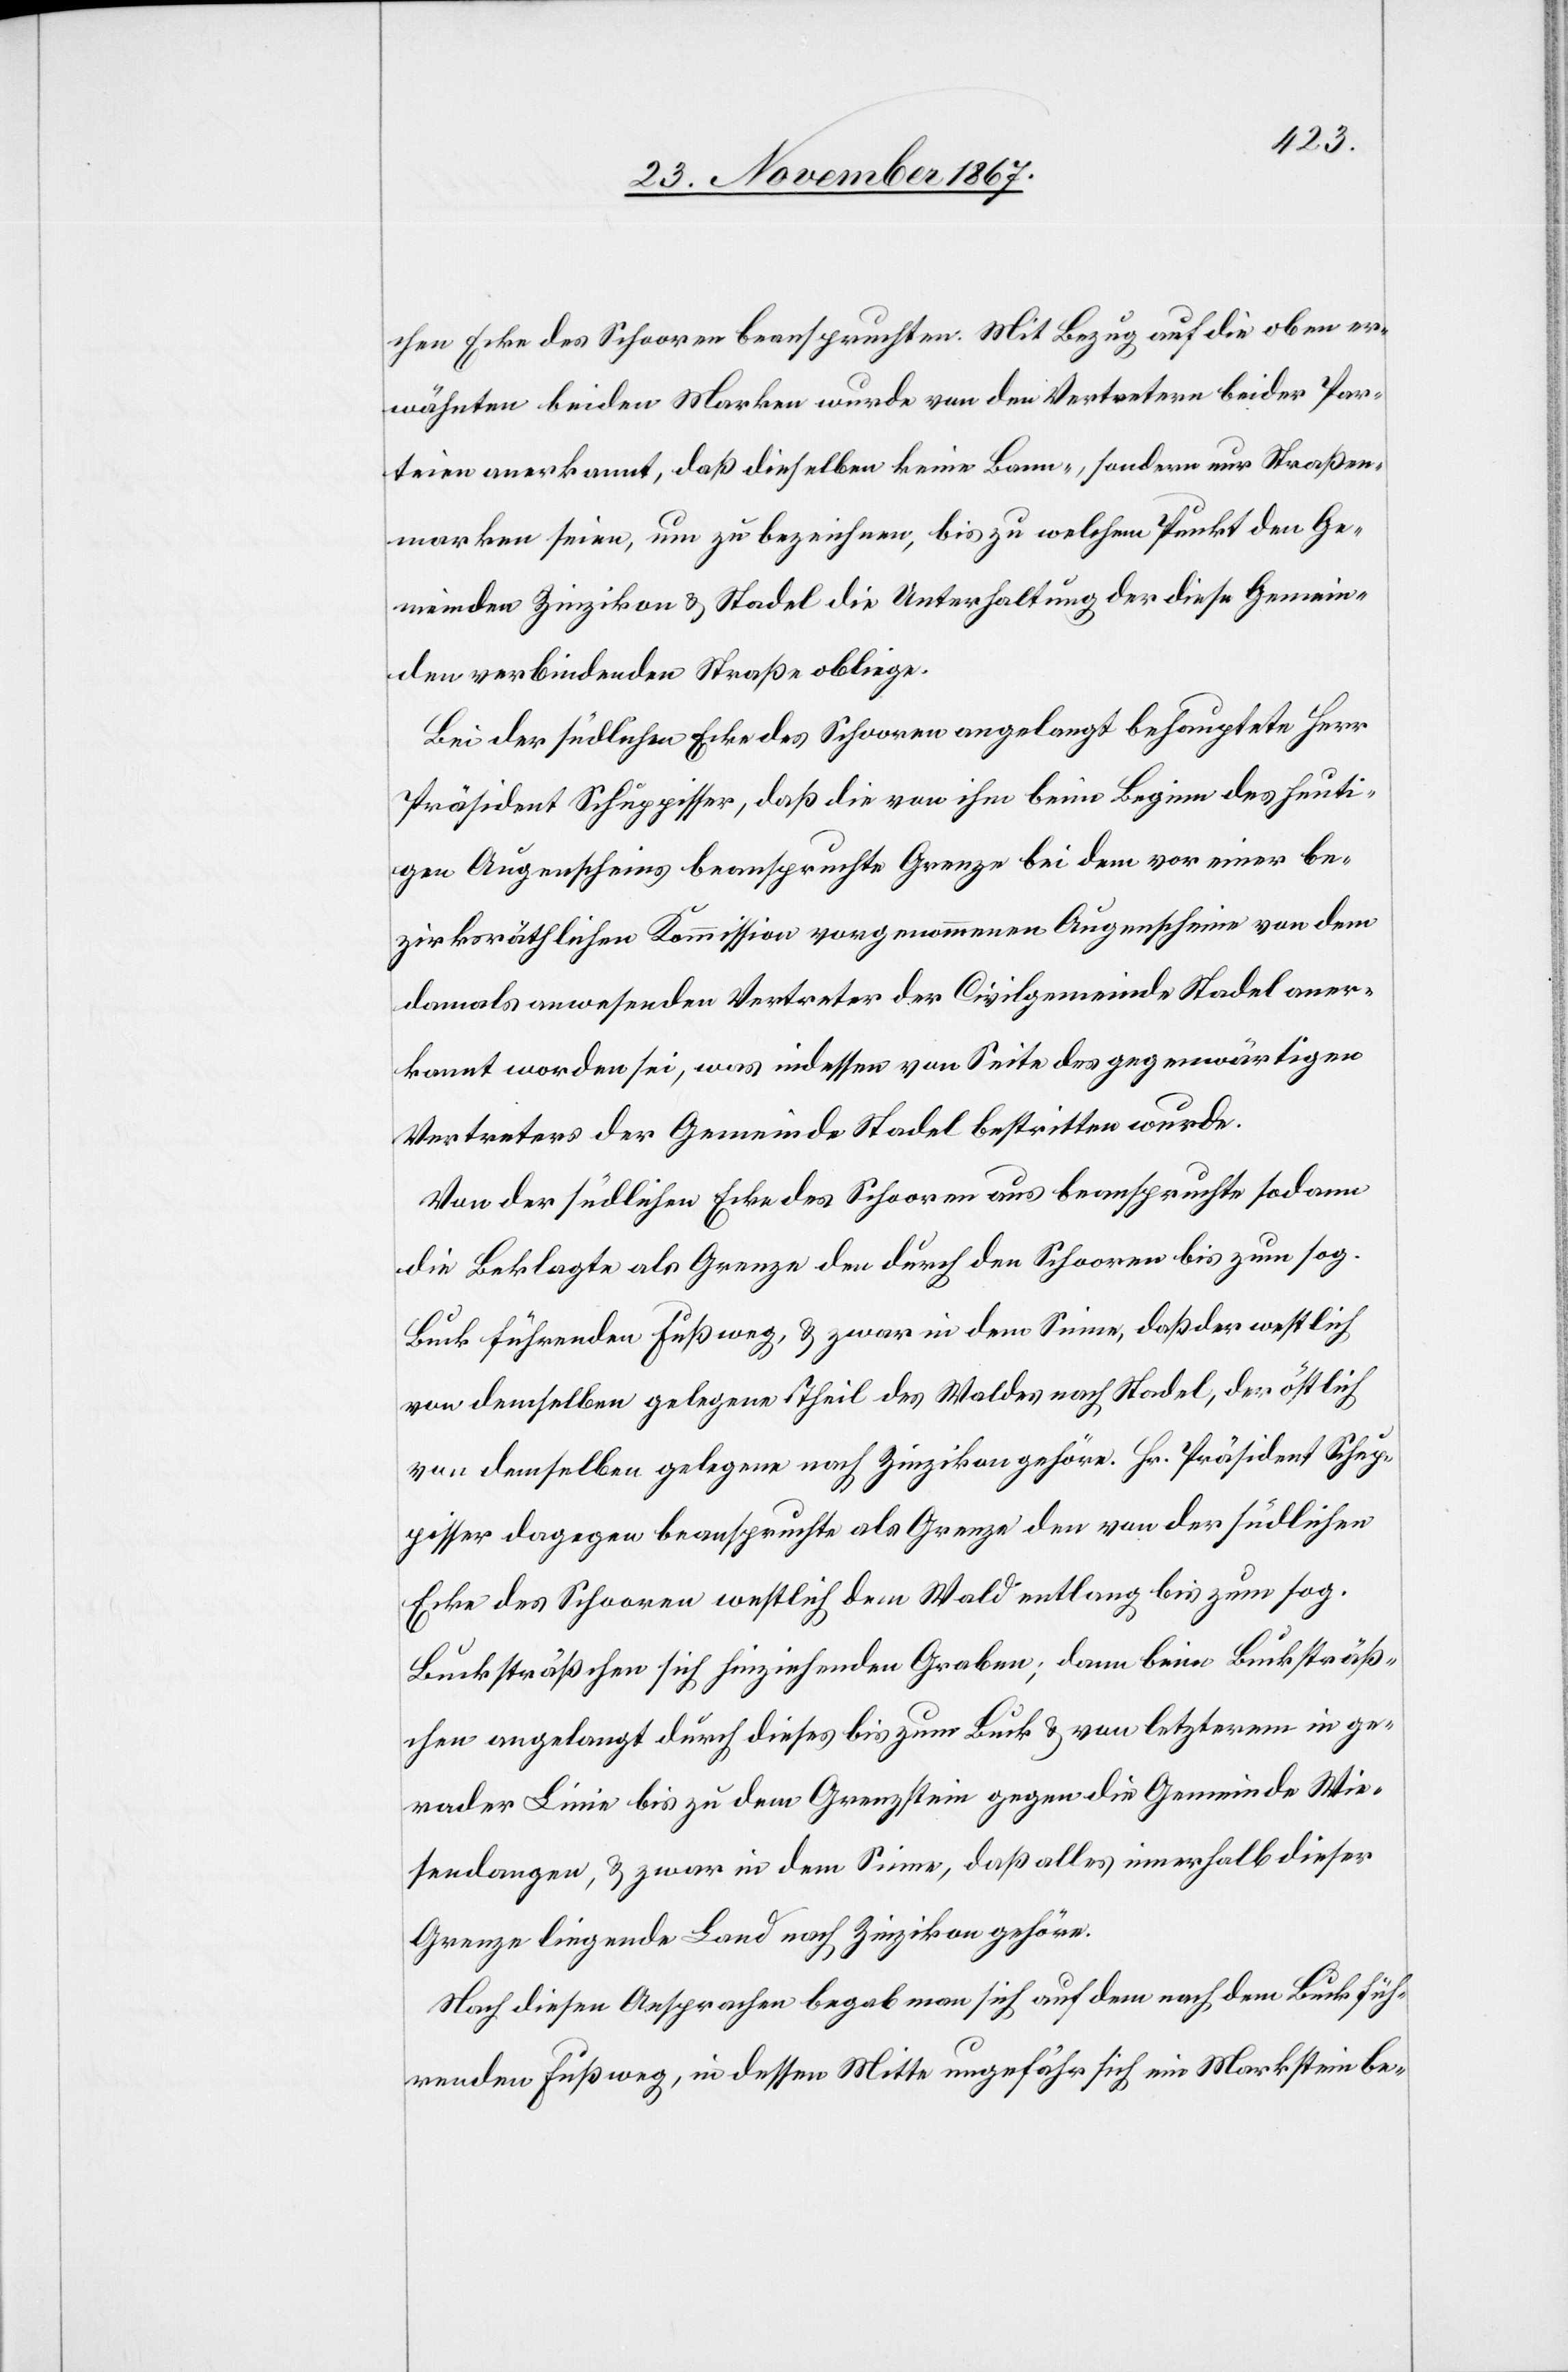
chen Ecke des Schooren beanspruchten. Mit Bezug auf die oben er¬
wähnten beiden Marken wurde von den Vertretern beider Par¬
teien anerkannt, daß dieselben keine Bann-, sondern Straßen¬
marken seien, um zu bezeichnen, bis zu welchem Punkt den Ge¬
meinden Zinzikon u. Stadel die Unterhaltung der diese Gemein¬
den verbindenden Straße obliege.
Bei der südlichen Ecke des Schooren angelangt behauptete Herr
Präsident Schuppisser, daß die von ihm beim Beginn der heuti¬
gen Augenscheins beanspruchte Grenze bei dem vor einer be¬
zirksräthlichen Kommission vorgenommenen Augenschein von dem
damals anwesenden Vertreter der Civilgemeinde Stadel aner¬
kannt worden sei, was indessen von Seite des gegenwärtigen
Vertreters der Gemeinde Stadel bestritten wurde.
Von der südlichen Ecke des Schooren aus beanspruchte sodann
die Beklagte als Grenze den durch den Schooren bis zum sog.
Buck führenden Fußweg, u. zwar in dem Sinne, daß der westlich
von demselben gelegene Theil des Waldes nach Stadel, der östlich
von demselben gelegene nach Zinzikon gehöre. Hr. Präsident Schup¬
pisser dagegen beanspruchte als Grenze den von der südlichen
Ecke des Schooren westlich dem Wald entlang bis zum sog.
Bucksträßchen sich hinziehenden Graben; dann beim Bucksträß¬
chen angelangt durch dieses bis zum Buck u. von letzterm in ge¬
rader Linie bis zu dem Grenzstein gegen die Gemeinde Wie¬
sendangen, u. zwar in dem Sinne, daß alles innerhalb dieser
Grenze liegende Land nach Zinzikon gehöre.
Nach diesen Ansprachen begab man sich auf dem nach dem Buck füh¬
renden Fußweg, in dessen Mitte ungefähr sich ein Markstein be-